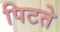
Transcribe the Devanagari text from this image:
पिटते